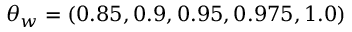
\theta _ { w } = ( 0 . 8 5 , 0 . 9 , 0 . 9 5 , 0 . 9 7 5 , 1 . 0 )